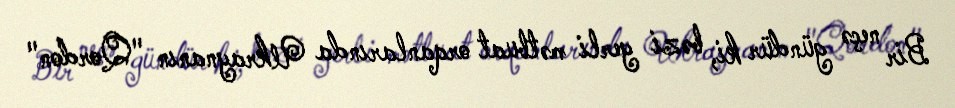
Bir neçə gündür ki, bəzi yerli mətbuat orqanlarında Ukraynanın "Qordon"